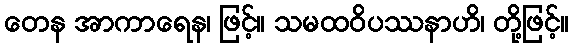
တေန အာကာရေန၊ ဖြင့်။ သမထဝိပဿနာဟိ၊ တို့ဖြင့်။